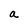
Character: a